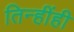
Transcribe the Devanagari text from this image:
तिन्हींही